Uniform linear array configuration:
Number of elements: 4
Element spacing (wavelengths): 0.25
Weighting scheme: uniform
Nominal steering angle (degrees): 0
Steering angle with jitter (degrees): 1.412
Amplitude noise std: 0.05
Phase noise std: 0.05

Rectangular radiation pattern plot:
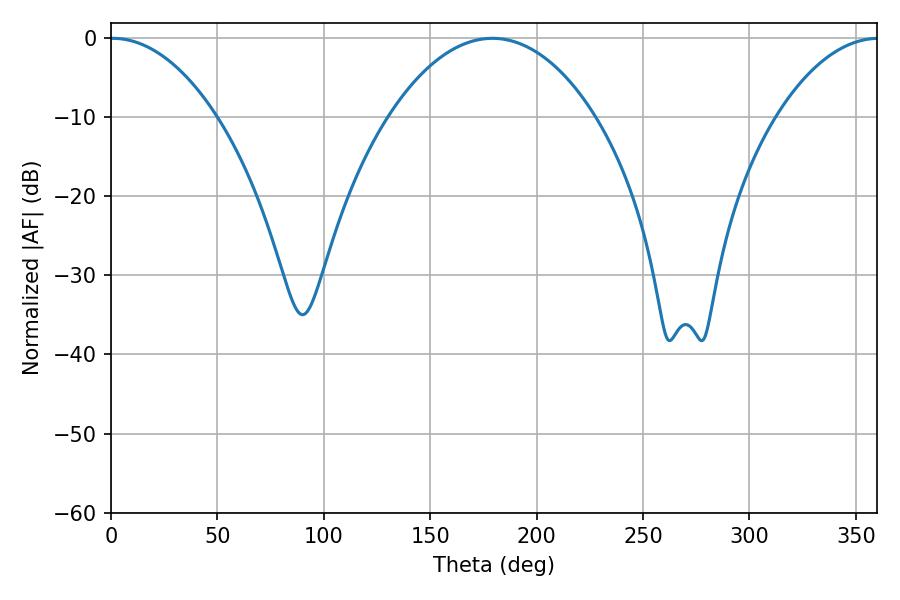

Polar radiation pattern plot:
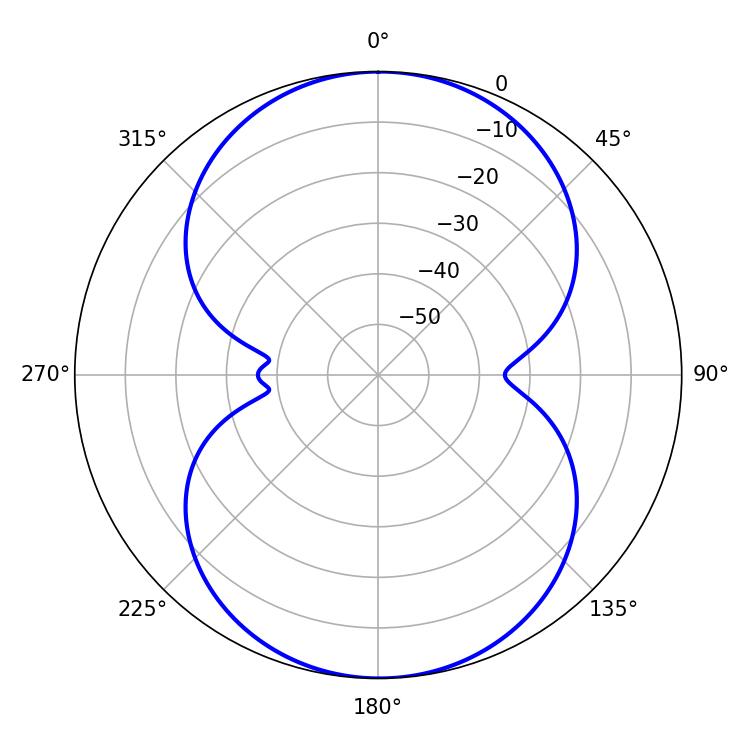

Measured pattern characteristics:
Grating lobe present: FALSE
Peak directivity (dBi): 17.952
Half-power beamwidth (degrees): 27.9
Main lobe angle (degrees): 0.72